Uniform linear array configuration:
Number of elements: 8
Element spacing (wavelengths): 0.25
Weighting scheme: uniform
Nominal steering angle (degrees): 45
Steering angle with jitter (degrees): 44.636
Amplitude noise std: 0.05
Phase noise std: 0.05

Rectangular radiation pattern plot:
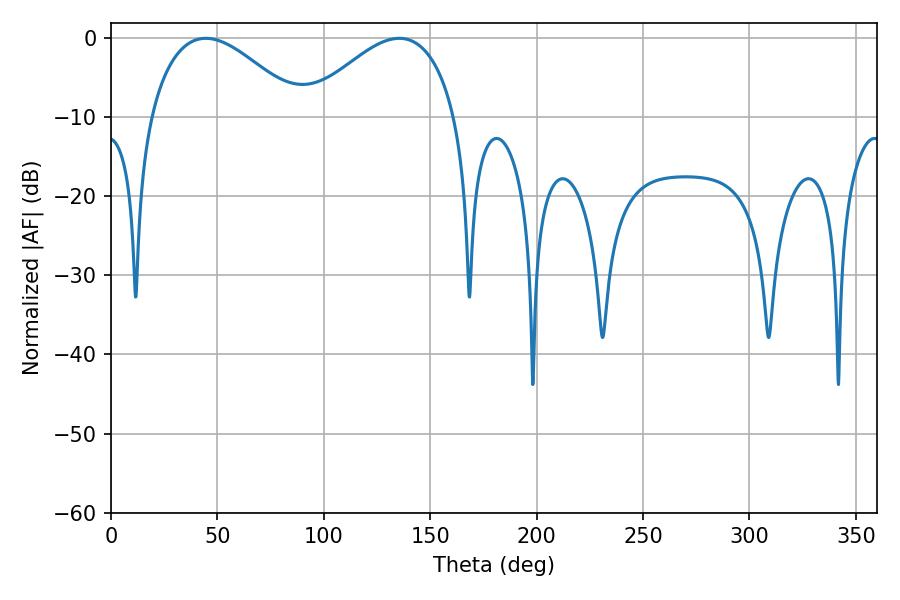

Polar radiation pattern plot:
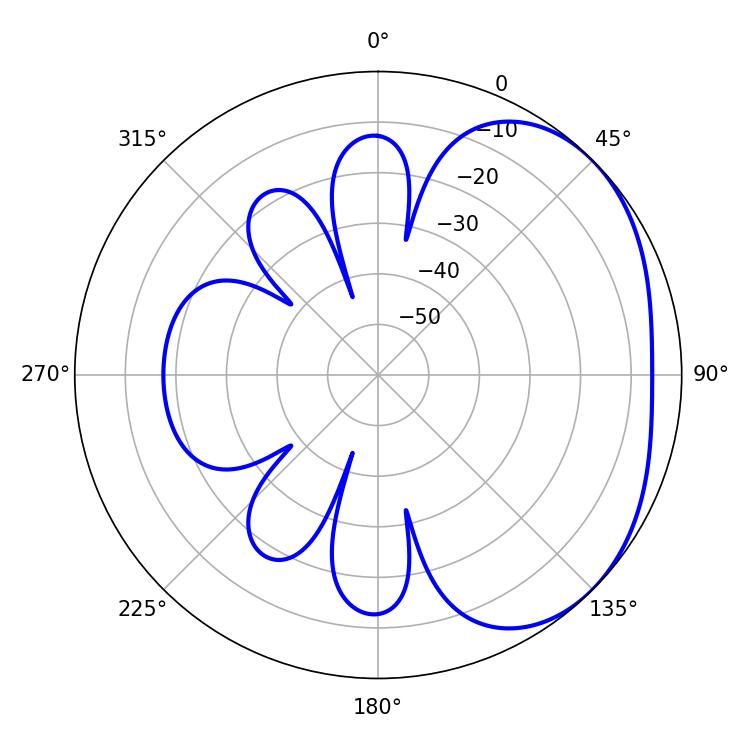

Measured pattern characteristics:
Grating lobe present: FALSE
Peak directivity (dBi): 2.725
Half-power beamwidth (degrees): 38.88
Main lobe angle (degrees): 44.46